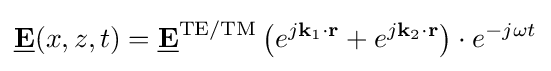
\mathbf {\underline {E}} (x,z,t)=\mathbf {\underline {E}} ^{\text{TE/TM}}\left(e^{j\mathbf {k} _{1}\cdot \mathbf {r} }+e^{j\mathbf {k} _{2}\cdot \mathbf {r} }\right)\cdot e^{-j\omega t}